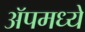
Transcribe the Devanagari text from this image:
ॲपमध्ये